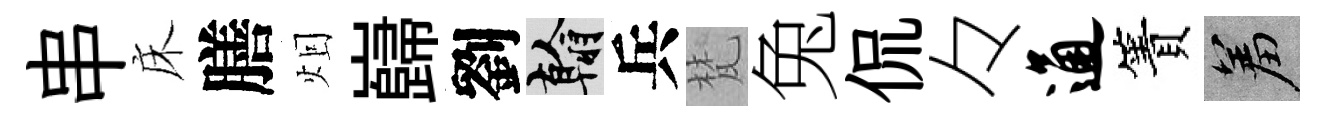
串床膳𤇆巋劉翰兵梵兔侃々通簀羞